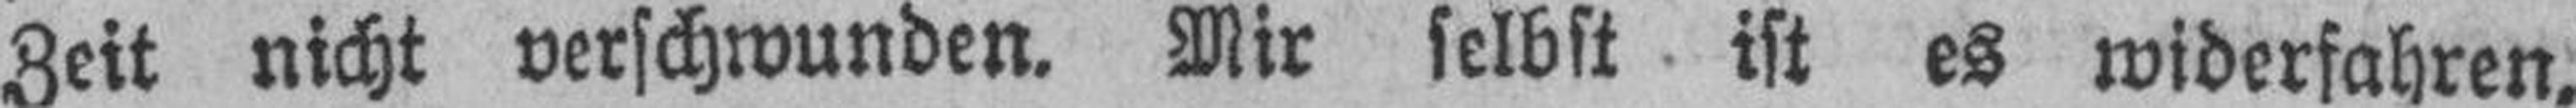
Zeit nicht verschwunden. Mir selbst ist es widerfahren.